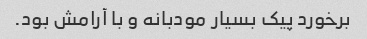
برخورد پیک بسیار مودبانه و با آرامش بود.